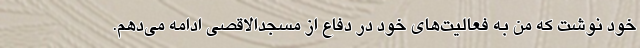
خود نوشت که من به فعالیت‌های خود در دفاع از مسجدالاقصی ادامه می‌دهم.